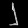
Digit: ၂